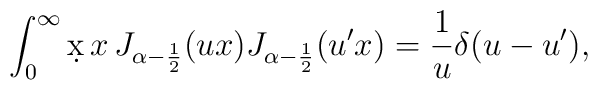
\int_0^\infty \d x\,x\,J_{\alpha-\frac12}(ux) J_{\alpha-\frac12}(u'x) = \frac1u \delta (u-u'),